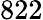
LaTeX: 822